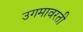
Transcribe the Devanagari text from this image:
उगमावरती